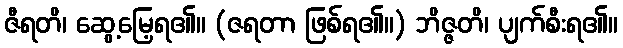
ဇီရတိ၊ ဆွေ့မြေ့ရ၏။ (ဇရတာ ဖြစ်ရ၏။) ဘိဇ္ဇတိ၊ ပျက်စီးရ၏။